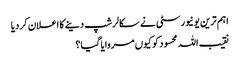
اہم ترین یونیورسٹی نے سکالرشپ دینے کا اعلان کردیا
نقیب اللہ محسود کو کیوں مروایا گیا؟